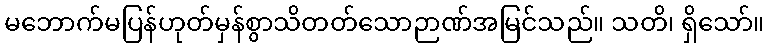
မဘောက်မပြန်ဟုတ်မှန်စွာသိတတ်သောဉာဏ်အမြင်သည်။ သတိ၊ ရှိသော်။